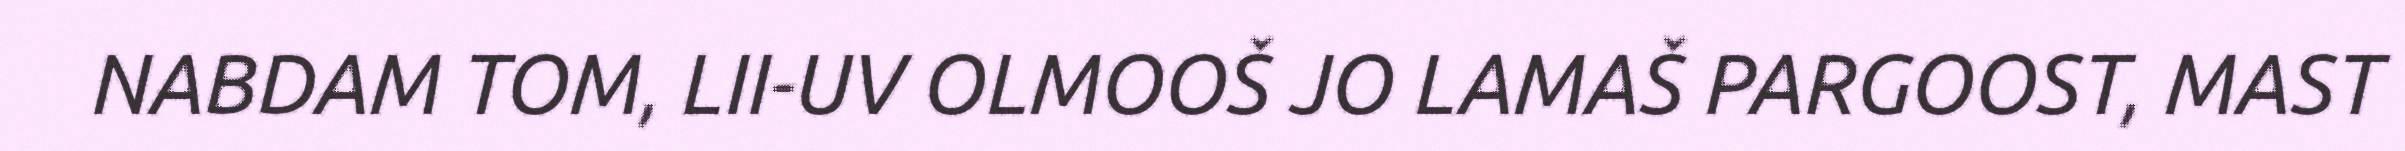
NABDAM TOM, LII-UV OLMOOŠ JO LAMAŠ PARGOOST, MAST